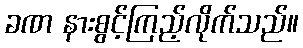
ခဏ နားစွင့်ကြည့်လိုက်သည်။